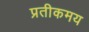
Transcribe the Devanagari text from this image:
प्रतीकमय